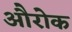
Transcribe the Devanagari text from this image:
औरोक